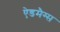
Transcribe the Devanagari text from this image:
ऐडमैग्स